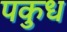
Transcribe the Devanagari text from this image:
पकुध